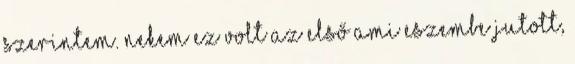
szerintem. Nekem ez volt az első ami eszembe jutott,